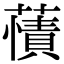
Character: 𧀘